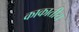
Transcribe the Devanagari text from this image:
काकातीय